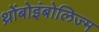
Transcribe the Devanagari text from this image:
थ्रोंबोइंबोलिज्म